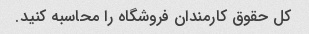
کل حقوق کارمندان فروشگاه را محاسبه کنید.